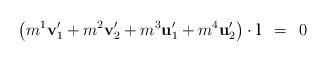
LaTeX: \begin{align*}\left( m^{1} {\bf v}^{\prime}_{1} + m^{2} {\bf v}^{\prime}_{2} + m^{3} {\bf u}^{\prime}_{1} + m^{4} {\bf u}^{\prime}_{2} \right) \cdot {\bf l}\,\,\, = \,\,\, 0 \end{align*}